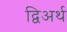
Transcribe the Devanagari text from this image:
द्विअर्थ